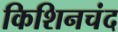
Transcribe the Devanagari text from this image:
किशिनचंद